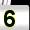
Digit: 5